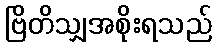
ဗြိတိသျှအစိုးရသည်